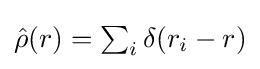
{\textstyle {\hat {\rho }}(r)=\sum _{i}\delta (r_{i}-r)}